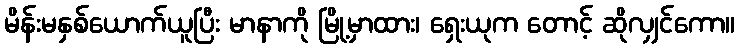
မိန်းမနှစ်ယောက်ယူပြီး မာနာကို မြို့မှာထား၊ ရှေးယုက တောင့် ဆိုလျှင်ကော။